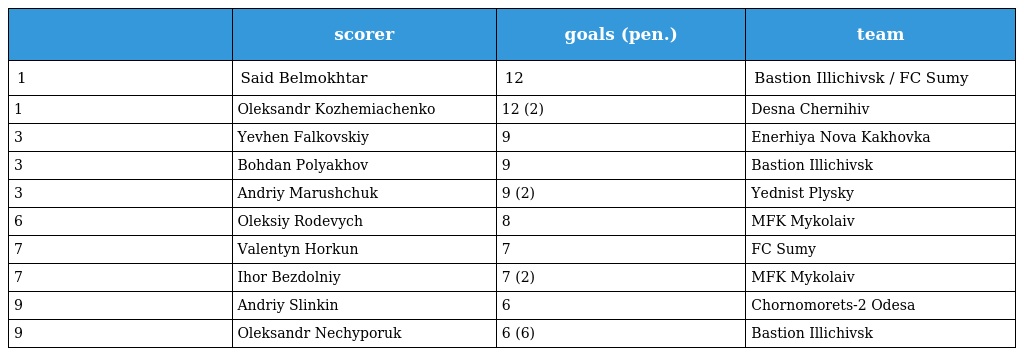
|  | scorer | goals (pen.) | team |
 | --- | --- | --- | --- |
 | 1 | Said Belmokhtar | 12 | Bastion Illichivsk / FC Sumy |
 | 1 | Oleksandr Kozhemiachenko | 12 (2) | Desna Chernihiv |
 | 3 | Yevhen Falkovskiy | 9 | Enerhiya Nova Kakhovka |
 | 3 | Bohdan Polyakhov | 9 | Bastion Illichivsk |
 | 3 | Andriy Marushchuk | 9 (2) | Yednist Plysky |
 | 6 | Oleksiy Rodevych | 8 | MFK Mykolaiv |
 | 7 | Valentyn Horkun | 7 | FC Sumy |
 | 7 | Ihor Bezdolniy | 7 (2) | MFK Mykolaiv |
 | 9 | Andriy Slinkin | 6 | Chornomorets-2 Odesa |
 | 9 | Oleksandr Nechyporuk | 6 (6) | Bastion Illichivsk |